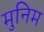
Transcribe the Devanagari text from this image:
मुनिम